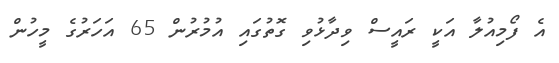
އެ ފޯމިއުލާ އަކީ ރައީސް ވިދާޅުވި ގޮތުގައި އުމުރުން 65 އަހަރުގެ މީހުން